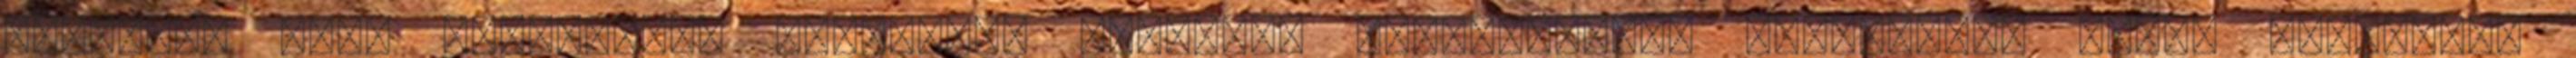
avokádó, déli harangszó, desszert, ebédidő, frencsfrájz, lúgosítás, rost, véceajtó,